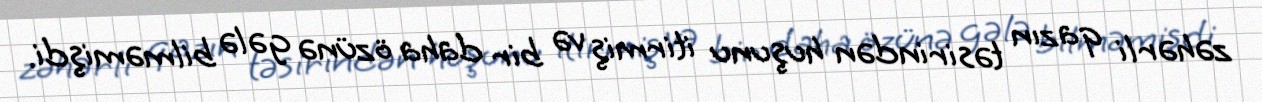
zəhərli qazın təsirindən huşunu itirmiş və bir daha özünə gələ bilməmişdi.